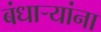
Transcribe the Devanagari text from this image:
बंधार्‍यांना